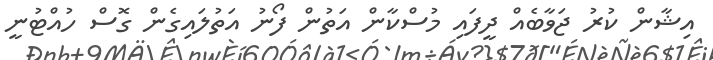
އިޝާން ކުރު ޖަވާބެއް ދީފައި މުސްކާން އަތުން ފޯނު އަތުލައިގެން ގޮސް ހުއްޓުނީ